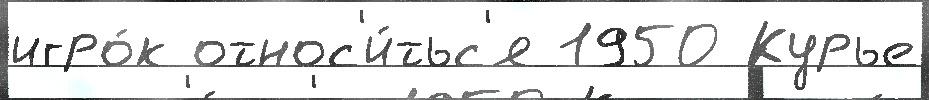
игро́к относ'и́тьс'я 1950 Курье